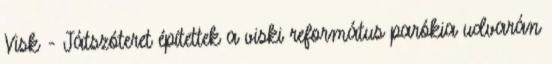
Visk - Játszóteret építettek a viski református parókia udvarán